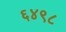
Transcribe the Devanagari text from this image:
६४९८